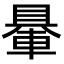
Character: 䡞